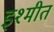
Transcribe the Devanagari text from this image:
इश्मीत